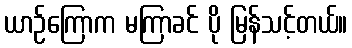
ယာဉ်ကြောက မကြာခင် ပို မြန်သင့်တယ်။